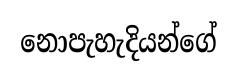
නොපැහැදියන්ගේ